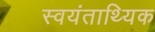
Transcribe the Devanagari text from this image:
स्वयंताथ्यिक